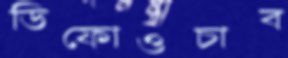
ডিফোওচাব